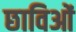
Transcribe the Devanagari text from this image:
छाविओं